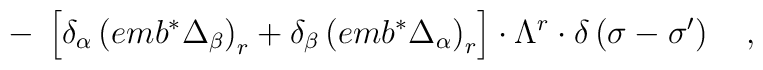
-\;\left[ \delta _\alpha \left( emb^{*}\Delta _\beta \right)_r+\delta _\beta \left( emb^{*}\Delta _\alpha \right) _r\right] \cdot\Lambda ^r\cdot \delta \left( \sigma -\sigma ^{\prime }\right) \quad ,